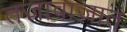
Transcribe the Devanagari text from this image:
तजावाज़ात